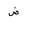
Letter: _dad